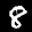
Label: 8